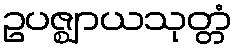
ဥပဇ္ဈာယသုတ္တံ